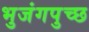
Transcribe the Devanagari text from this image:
भुजंगपुच्छ